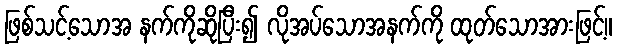
ဖြစ်သင့်သောအ နက်ကိုဆိုပြီး၍ လိုအပ်သောအနက်ကို ထုတ်သောအားဖြင့်။